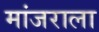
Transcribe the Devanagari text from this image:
मांजराला